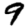
Digit: 9